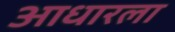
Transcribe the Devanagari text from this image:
आधारला